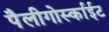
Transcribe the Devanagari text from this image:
पैलीगोर्स्काईट